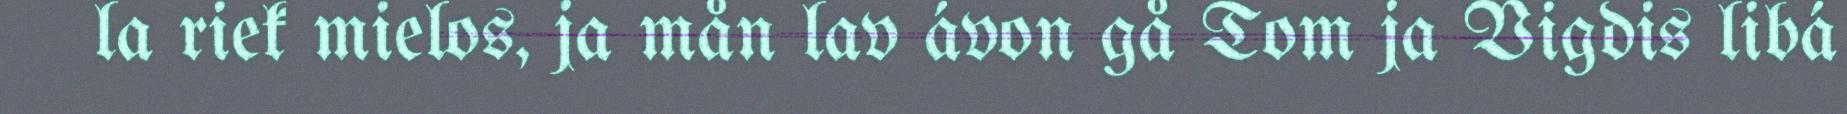
la riek mielos, ja mån lav ávon gå Tom ja Vigdis libá